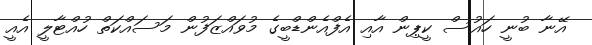
އޭނާ ބުނީ ހައުސް ކީޕިން އާއި އެފްއެންޑްބީގެ މުވައްޒަފުން މަސައްކަތް ހުއްޓާލީ އެއީ